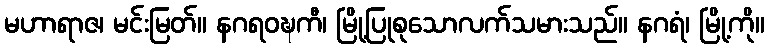
မဟာရာဇ၊ မင်းမြတ်။ နဂရဝဍ္ဎကီ၊ မြို့ပြုစုသောလက်သမားသည်။ နဂရံ၊ မြို့ကို။